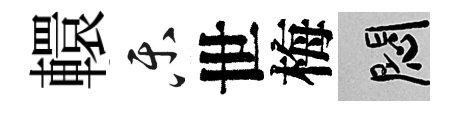
轘乐世梅悶